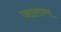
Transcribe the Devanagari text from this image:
जालव्म